Civil Veterinary Dept. Bombay admin report 1932-41 - 1932-1941
Year: 1932
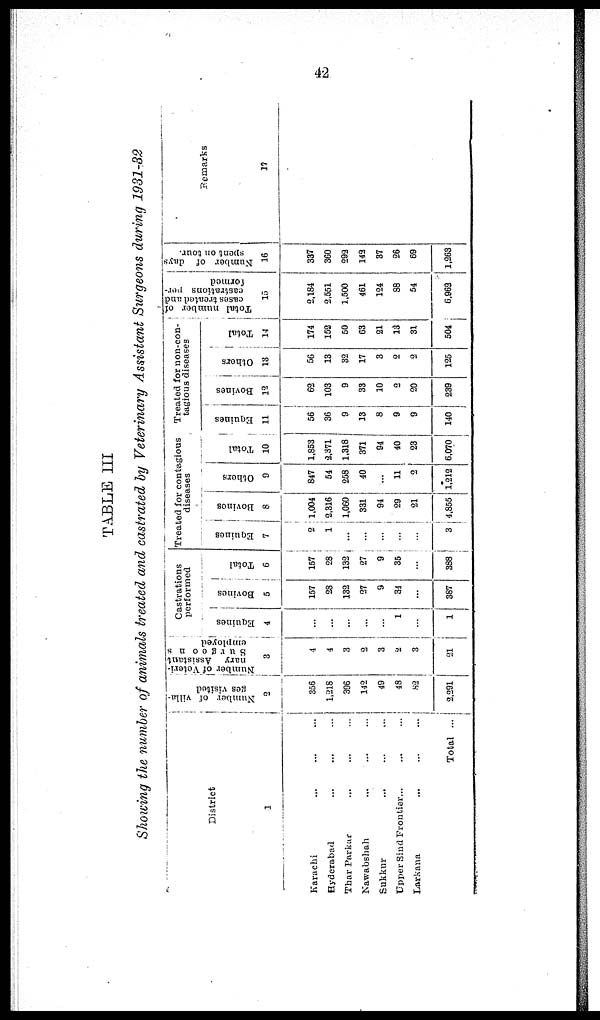
42.
TABLE III
Showing the number of animals treated and castrated by Veterinary Assistant Surgeons during 1931-32
District
1
Karachi ... ... ...
Hyderabad ... ... ...
Thar
Parkar ... ... ...
Nawabshah ... ... ...
Sukkur ... ... ...
Upper Sind Frontier... ... ...
Larkana ... ... ...
Total ...
Number of villa-
ges visited
2
356
1,218
396
142
49
48
82
2,291
Number of Veteri-
nary Assistant
Surgoons
employed
3
4
4
3
2
3
2
3
21
Castrations
performed
Equines
4
...
...
...
...
...
1
...
1
Bovines
5
157
28
132
27
9
34
...
387
Total
6
157
28
132
27
9
35
...
388
Treated for contagious
diseases
Equines
7
2
1
...
...
...
...
...
3
Bovines
8
1,004
2,316
1,060
331
94
29
21
4,855
Others
9
847
54
258
40
...
11
2
1,212
Total
10
1,853
2,371
1,318
371
94
40
23
6,070
Treated for non-con-
tagious diseases
Equines
11
56
36
9
13
8
9
9
140
Bovines
12
62
103
9
33
10
2
20
239
Others
13
56
13
32
17
3
2
2
125
Total
14
174
152
50
63
21
13
31
504
Total number of
cases treated and
castrations per-
formed
15
2,184
2,551
1,500
461
124
88
54
6,963
Number of days
spent on tour.
16
337
360
292
142
37
26
69
1,263
Remarks
17